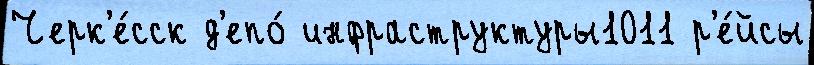
Черк'е́сск д'епо́ инфраструктуры1011 р'е́йсы